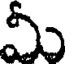
మీ